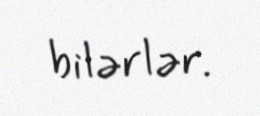
bilərlər.